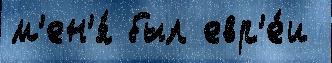
м'ен'я́ был евр'е́и